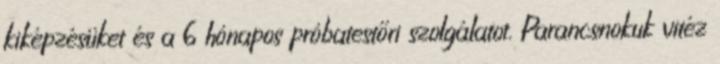
kiképzésüket és a 6 hónapos próbatestőri szolgálatot. Parancsnokuk vitéz